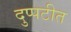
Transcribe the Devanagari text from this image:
दुप्पटीत